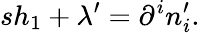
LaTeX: sh_{1}+\lambda^{\prime}=\partial^{i}n_{i}^{\prime}.